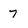
Character: 7